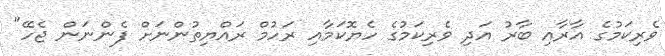
ވެރިކަމުގެ އާރާއި ބާރު އަދި ވެރިކަމުގެ ހެޔޮކަމާއި ރަހުމް ރައްޔިތުންނަށް ފެންނަން ޖެހޭ"